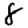
Digit: 8